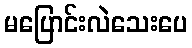
မပြောင်းလဲသေးပေ